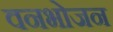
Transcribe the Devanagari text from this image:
वनभोजन